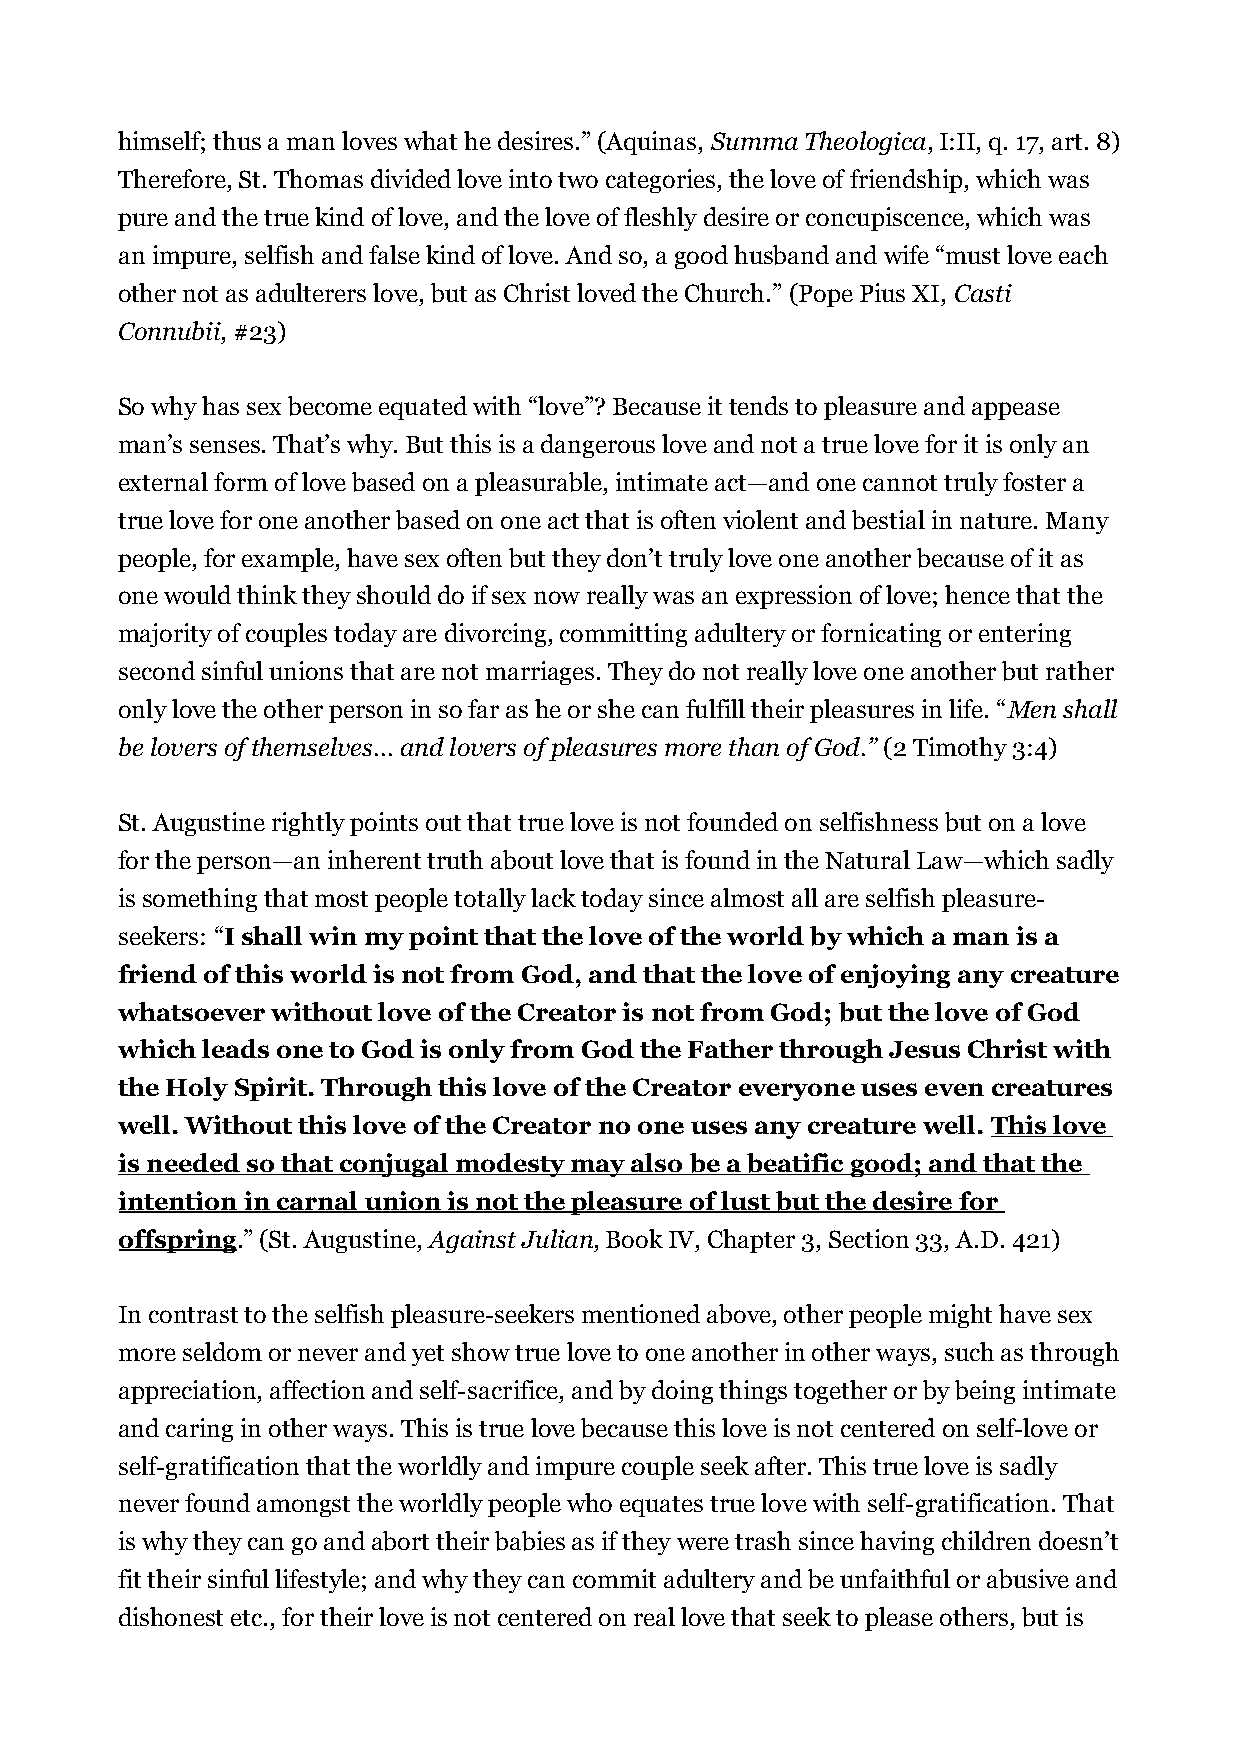
himself; thus a man loves what he desires.” (Aquinas, Summa Theologica, I:II, q. 17, art. 8)
 Therefore, St. Thomas divided love into two categories, the love of friendship, which was
 pure and the true kind of love, and the love of fleshly desire or concupiscence, which was
 an impure, selfish and false kind of love. And so, a good husband and wife “must love each
 other not as adulterers love, but as Christ loved the Church.” (Pope Pius XI, Casti
 Connubii, #23)
 So why has sex become equated with “love”? Because it tends to pleasure and appease
 man’s senses. That’s why. But this is a dangerous love and not a true love for it is only an
 external form of love based on a pleasurable, intimate act—and one cannot truly foster a
 true love for one another based on one act that is often violent and bestial in nature. Many
 people, for example, have sex often but they don’t truly love one another because of it as
 one would think they should do if sex now really was an expression of love; hence that the
 majority of couples today are divorcing, committing adultery or fornicating or entering
 second sinful unions that are not marriages. They do not really love one another but rather
 only love the other person in so far as he or she can fulfill their pleasures in life. “Men shall
 be lovers of themselves... and lovers of pleasures more than of God.” (2 Timothy 3:4)
 St. Augustine rightly points out that true love is not founded on selfishness but on a love
 for the person—an inherent truth about love that is found in the Natural Law—which sadly
 is something that most people totally lack today since almost all are selfish pleasure-
 seekers: “I shall win my point that the love of the world by which a man is a
 friend of this world is not from God, and that the love of enjoying any creature
 whatsoever without love of the Creator is not from God; but the love of God
 which leads one to God is only from God the Father through Jesus Christ with
 the Holy Spirit. Through this love of the Creator everyone uses even creatures
 well. Without this love of the Creator no one uses any creature well. This love
 is needed so that conjugal modesty may also be a beatific good; and that the
 intention in carnal union is not the pleasure of lust but the desire for
 offspring.” (St. Augustine, Against Julian, Book IV, Chapter 3, Section 33, A.D. 421)
 In contrast to the selfish pleasure-seekers mentioned above, other people might have sex
 more seldom or never and yet show true love to one another in other ways, such as through
 appreciation, affection and self-sacrifice, and by doing things together or by being intimate
 and caring in other ways. This is true love because this love is not centered on self-love or
 self-gratification that the worldly and impure couple seek after. This true love is sadly
 never found amongst the worldly people who equates true love with self-gratification. That
 is why they can go and abort their babies as if they were trash since having children doesn’t
 fit their sinful lifestyle; and why they can commit adultery and be unfaithful or abusive and
 dishonest etc., for their love is not centered on real love that seek to please others, but is